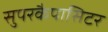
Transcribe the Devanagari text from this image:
सुपरकैपासिटर